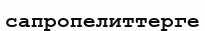
сапропелиттерге